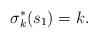
LaTeX: \begin{align*}\sigma_k^\ast(s_1)=k.\end{align*}